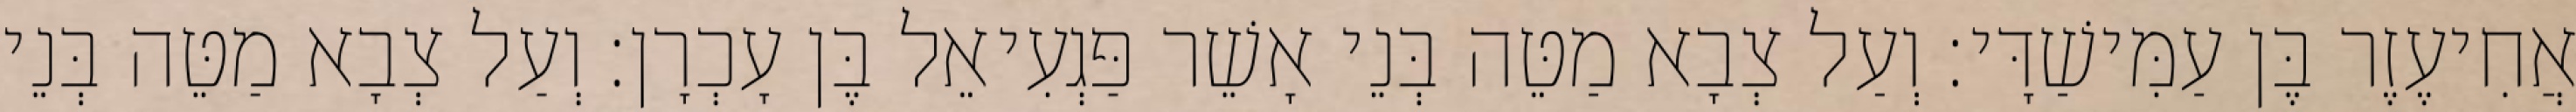
אֲחִיעֶזֶר בֶּן עַמִּישַׁדָּי׃ וְעַל צְבָא מַטֵּה בְּנֵי אָשֵׁר פַּגְעִיאֵל בֶּן עָכְרָן׃ וְעַל צְבָא מַטֵּה בְּנֵי